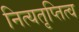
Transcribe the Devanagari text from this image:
नित्यतृप्तित्व